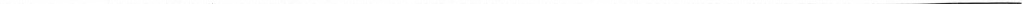
___